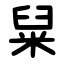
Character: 䊆